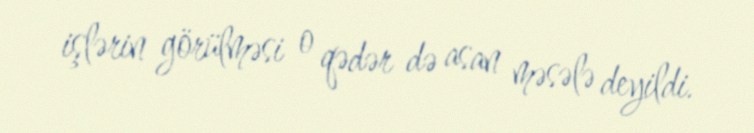
işlərin görülməsi o qədər də asan məsələ deyildi.